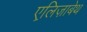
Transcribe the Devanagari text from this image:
एलि़ज़ाबेथ